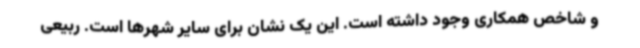
و شاخص همکاری وجود داشته است. این یک نشان برای سایر شهرها است. ربیعی